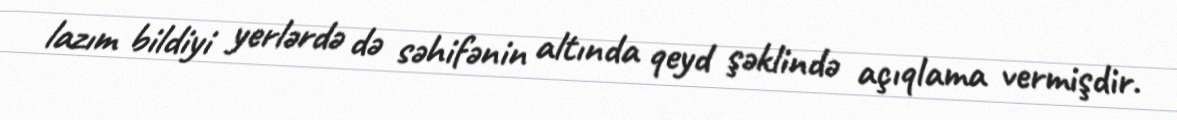
lazım bildiyi yerlərdə də səhifənin altında qeyd şəklində açıqlama vermişdir.